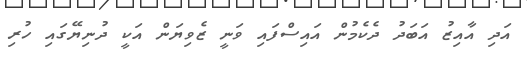
އަދި އާއިޒު އަބަދު ދެކެމުން އައިސްފައި ވަނީ ޒެވިޔަން އަކީ ދުނިޔޭގައި ހުރި